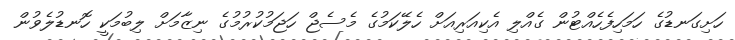
ހަށިގަނޑުގެ ހަމަހިފެހެއްޓުން ގެއްލި އެކިއަރިއަށް ހެލޭކަމުގެ މެސެޖް ހަޖަމުކުރުމުގެ ނިޒާމަށް ލިބުމަކީ ހޮނޑުލެވުން